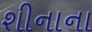
શીનાના